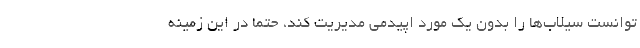
توانست سیلاب‌ها را بدون یک مورد اپیدمی مدیریت کند، حتما در این زمینه